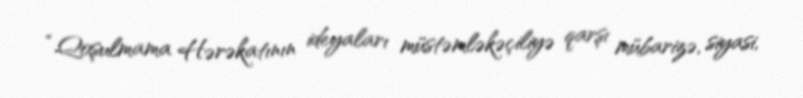
“Qoşulmama Hərəkatının ideyaları müstəmləkəçiliyə qarşı mübarizə, siyasi,